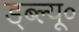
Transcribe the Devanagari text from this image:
ड्ब्ल्यू०